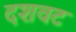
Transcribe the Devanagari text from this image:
दशवट